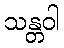
သန္တဝါ